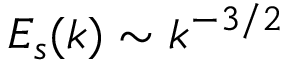
E _ { s } ( k ) \sim k ^ { - 3 / 2 }